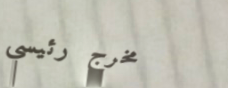
مخرج رئيسي